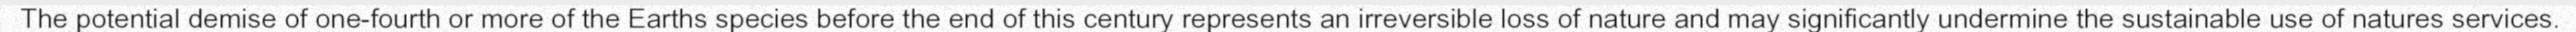
The potential demise of one-fourth or more of the Earths species before the end of this century represents an irreversible loss of nature and may significantly undermine the sustainable use of natures services.